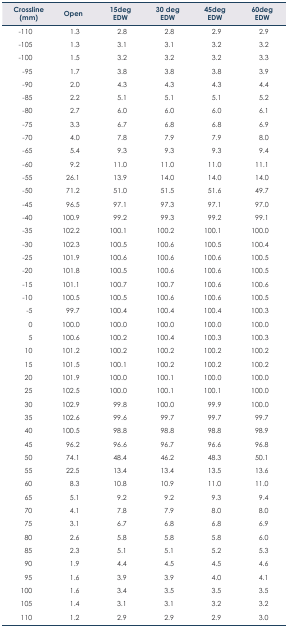
<table><thead><tr><td><b>Crossline (mm)</b></td><td><b>Open</b></td><td><b>15deg EDW</b></td><td><b>30 deg EDW</b></td><td><b>45deg EDW</b></td><td><b>60deg EDW</b></td></tr></thead><tbody><tr><td>−110</td><td>1.3</td><td>2.8</td><td>2.8</td><td>2.9</td><td>2.9</td></tr><tr><td>−105</td><td>1.3</td><td>3.1</td><td>3.1</td><td>3.2</td><td>3.2</td></tr><tr><td>−100</td><td>1.5</td><td>3.2</td><td>3.2</td><td>3.2</td><td>3.3</td></tr><tr><td>−95</td><td>1.7</td><td>3.8</td><td>3.8</td><td>3.8</td><td>3.9</td></tr><tr><td>−90</td><td>2.0</td><td>4.3</td><td>4.3</td><td>4.3</td><td>4.4</td></tr><tr><td>−85</td><td>2.2</td><td>5.1</td><td>5.1</td><td>5.1</td><td>5.2</td></tr><tr><td>−80</td><td>2.7</td><td>6.0</td><td>6.0</td><td>6.0</td><td>6.1</td></tr><tr><td>−75</td><td>3.3</td><td>6.7</td><td>6.8</td><td>6.8</td><td>6.9</td></tr><tr><td>−70</td><td>4.0</td><td>7.8</td><td>7.9</td><td>7.9</td><td>8.0</td></tr><tr><td>−65</td><td>5.4</td><td>9.3</td><td>9.3</td><td>9.3</td><td>9.4</td></tr><tr><td>−60</td><td>9.2</td><td>11.0</td><td>11.0</td><td>11.0</td><td>11.1</td></tr><tr><td>−55</td><td>26.1</td><td>13.9</td><td>14.0</td><td>14.0</td><td>14.0</td></tr><tr><td>−50</td><td>71.2</td><td>51.0</td><td>51.5</td><td>51.6</td><td>49.7</td></tr><tr><td>−45</td><td>96.5</td><td>97.1</td><td>97.3</td><td>97.1</td><td>97.0</td></tr><tr><td>−40</td><td>100.9</td><td>99.2</td><td>99.3</td><td>99.2</td><td>99.1</td></tr><tr><td>−35</td><td>102.2</td><td>100.1</td><td>100.2</td><td>100.1</td><td>100.0</td></tr><tr><td>−30</td><td>102.3</td><td>100.5</td><td>100.6</td><td>100.5</td><td>100.4</td></tr><tr><td>−25</td><td>101.9</td><td>100.6</td><td>100.6</td><td>100.6</td><td>100.5</td></tr><tr><td>−20</td><td>101.8</td><td>100.5</td><td>100.6</td><td>100.6</td><td>100.5</td></tr><tr><td>−15</td><td>101.1</td><td>100.7</td><td>100.7</td><td>100.6</td><td>100.6</td></tr><tr><td>−10</td><td>100.5</td><td>100.5</td><td>100.6</td><td>100.6</td><td>100.5</td></tr><tr><td>−5</td><td>99.7</td><td>100.4</td><td>100.4</td><td>100.4</td><td>100.3</td></tr><tr><td>0</td><td>100.0</td><td>100.0</td><td>100.0</td><td>100.0</td><td>100.0</td></tr><tr><td>5</td><td>100.6</td><td>100.2</td><td>100.4</td><td>100.3</td><td>100.3</td></tr><tr><td>10</td><td>101.2</td><td>100.2</td><td>100.2</td><td>100.2</td><td>100.2</td></tr><tr><td>15</td><td>101.5</td><td>100.1</td><td>100.2</td><td>100.2</td><td>100.2</td></tr><tr><td>20</td><td>101.9</td><td>100.0</td><td>100.1</td><td>100.0</td><td>100.0</td></tr><tr><td>25</td><td>102.5</td><td>100.0</td><td>100.1</td><td>100.1</td><td>100.0</td></tr><tr><td>30</td><td>102.9</td><td>99.8</td><td>100.0</td><td>99.9</td><td>100.0</td></tr><tr><td>35</td><td>102.6</td><td>99.6</td><td>99.7</td><td>99.7</td><td>99.7</td></tr><tr><td>40</td><td>100.5</td><td>98.8</td><td>98.8</td><td>98.8</td><td>98.9</td></tr><tr><td>45</td><td>96.2</td><td>96.6</td><td>96.7</td><td>96.6</td><td>96.8</td></tr><tr><td>50</td><td>74.1</td><td>48.4</td><td>46.2</td><td>48.3</td><td>50.1</td></tr><tr><td>55</td><td>22.5</td><td>13.4</td><td>13.4</td><td>13.5</td><td>13.6</td></tr><tr><td>60</td><td>8.3</td><td>10.8</td><td>10.9</td><td>11.0</td><td>11.0</td></tr><tr><td>65</td><td>5.1</td><td>9.2</td><td>9.2</td><td>9.3</td><td>9.4</td></tr><tr><td>70</td><td>4.1</td><td>7.8</td><td>7.9</td><td>8.0</td><td>8.0</td></tr><tr><td>75</td><td>3.1</td><td>6.7</td><td>6.8</td><td>6.8</td><td>6.9</td></tr><tr><td>80</td><td>2.6</td><td>5.8</td><td>5.8</td><td>5.8</td><td>6.0</td></tr><tr><td>85</td><td>2.3</td><td>5.1</td><td>5.1</td><td>5.2</td><td>5.3</td></tr><tr><td>90</td><td>1.9</td><td>4.4</td><td>4.5</td><td>4.5</td><td>4.6</td></tr><tr><td>95</td><td>1.6</td><td>3.9</td><td>3.9</td><td>4.0</td><td>4.1</td></tr><tr><td>100</td><td>1.6</td><td>3.4</td><td>3.5</td><td>3.5</td><td>3.5</td></tr><tr><td>105</td><td>1.4</td><td>3.1</td><td>3.1</td><td>3.2</td><td>3.2</td></tr><tr><td>110</td><td>1.2</td><td>2.9</td><td>2.9</td><td>2.9</td><td>3.0</td></tr></tbody></table>